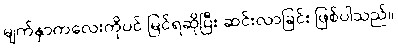
မျက်နှာကလေးကိုပင် မြင်ရဆိုပြီး ဆင်းလာခြင်း ဖြစ်ပါသည်။